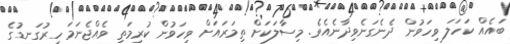
ބައެއް ކަހަލަ ވިހަވުން ދެނެގަނެވިދާނެއެވެ. މިސާލަކަށް ތިމަރައަށް ވިހަވުން ކުރިމަތި ވެއްޖެނަމަ ހިރުގަނޑުގެ